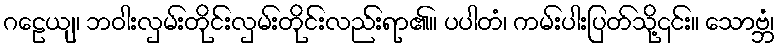
ဂဠေယျ၊ ဘဝါးလှမ်းတိုင်းလှမ်းတိုင်းလည်းရာ၏။ ပပါတံ၊ ကမ်းပါးပြတ်သို့၎င်း။ သောဗ္ဘံ၊